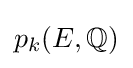
p_{k}(E,\mathbb {Q} )